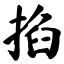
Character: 掐